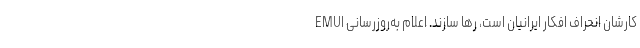
کارشان انحراف افکار ایرانیان است، رها سازند. اعلام به‌روزرسانی EMUI